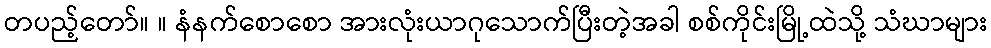
တပည့်တော်။ ။ နံနက်စောစော အားလုံးယာဂုသောက်ပြီးတဲ့အခါ စစ်ကိုင်းမြို့ထဲသို့ သံဃာများ